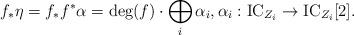
LaTeX: \begin{align*}f_\ast \eta = f_*f^* \alpha = \mathrm{deg}(f) \cdot \bigoplus_i \alpha_i,\alpha_i: \mathrm{IC}_{Z_i} \to \mathrm{IC}_{Z_i}[2].\end{align*}